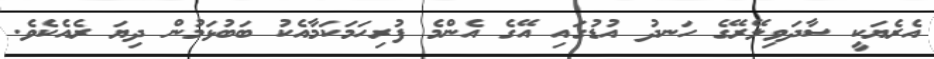
އެރެޔަކީ ސާދަވިލޭރޭގެ ހަނދު އުޑުގައި އޭގެ އެންމެ ފުރިހަމަކަމާއެކު ބަބުޅަމުން ދިޔަ ރެއެކެވެ.